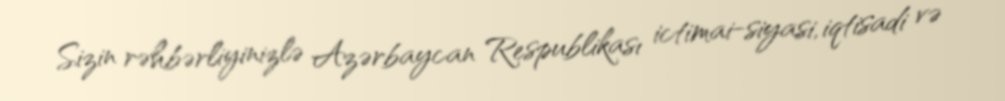
Sizin rəhbərliyinizlə Azərbaycan Respublikası ictimai-siyasi, iqtisadi və